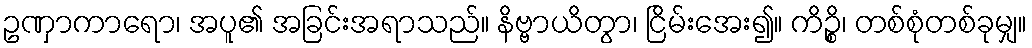
ဥဏှာကာရော၊ အပူ၏ အခြင်းအရာသည်။ နိဗ္ဗာယိတွာ၊ ငြိမ်းအေး၍။ ကိဉ္စိ၊ တစ်စုံတစ်ခုမျှ။